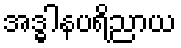
အဒ္ဓါနပရိညာယ